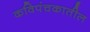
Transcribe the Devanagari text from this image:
कविपंचकातील